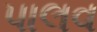
પાલવ